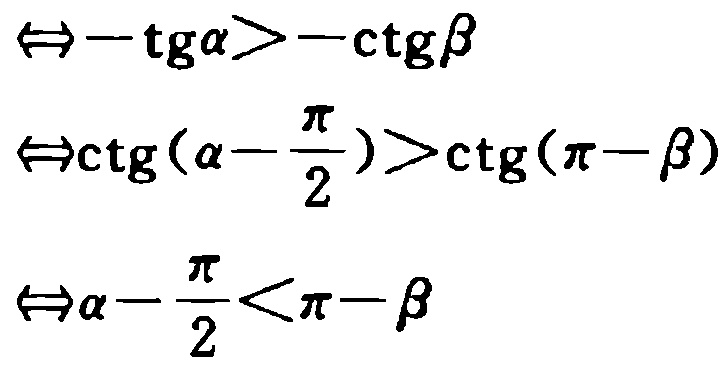
$\Leftrightarrow -\operatorname{tg}\alpha>-\operatorname{ctg}\beta$
$\Leftrightarrow \operatorname{ctg}(\alpha-\frac{\pi}{2})>\operatorname{ctg}(\pi-\beta)$
$\Leftrightarrow \alpha-\frac{\pi}{2}<\pi-\beta$